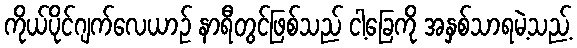
ကိုယ်ပိုင်ဂျက်လေယာဉ် နာရီတွင်ဖြစ်သည် ငါ့ခြေကို အနှစ်သာရမဲ့သည့်